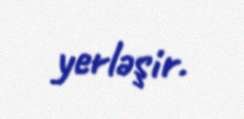
yerləşir.